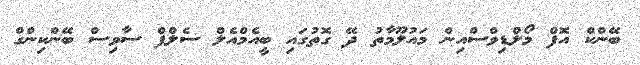
ބޭންކް އޮފް މޯލްޑިވްސްއިން މައުލޫމާތު ދޭ ގޮތުގައި ބީއެމްއެލް ސެލްފް ސާވިސް ބޭންކިންގް